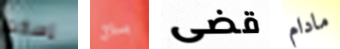
إسكت بلال قضى مادام